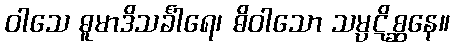
ဝါသေ ဓူမာဒိသင်္ခါရေ၊ ဓိဝါသော သမ္ပဋိစ္ဆနေ။